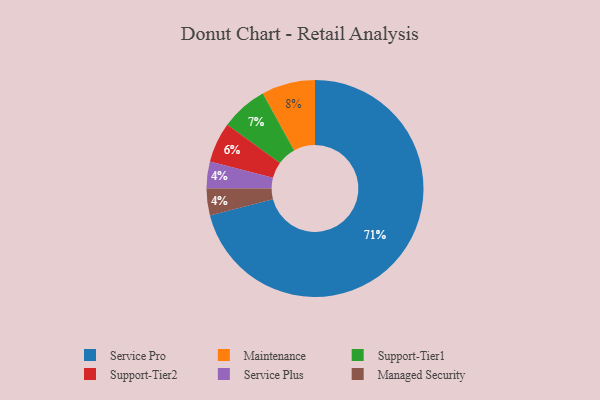
{"axis": {"x": "Category", "y": "Percentage"}, "legend": ["Maintenance", "Managed Security", "Service Plus", "Service Pro", "Support-Tier1", "Support-Tier2"], "data": [{"x": "Service Pro", "y": 71, "type": "Service Pro"}, {"x": "Service Plus", "y": 4, "type": "Service Plus"}, {"x": "Maintenance", "y": 8, "type": "Maintenance"}, {"x": "Support-Tier1", "y": 7, "type": "Support-Tier1"}, {"x": "Managed Security", "y": 4, "type": "Managed Security"}, {"x": "Support-Tier2", "y": 6, "type": "Support-Tier2"}]}